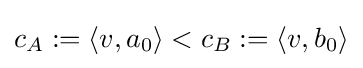
c_{A}:=\langle v,a_{0}\rangle <c_{B}:=\langle v,b_{0}\rangle